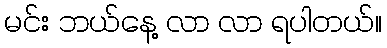
မင်း ဘယ်နေ့ လာ လာ ရပါတယ်။